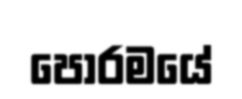
පෝරමයේ